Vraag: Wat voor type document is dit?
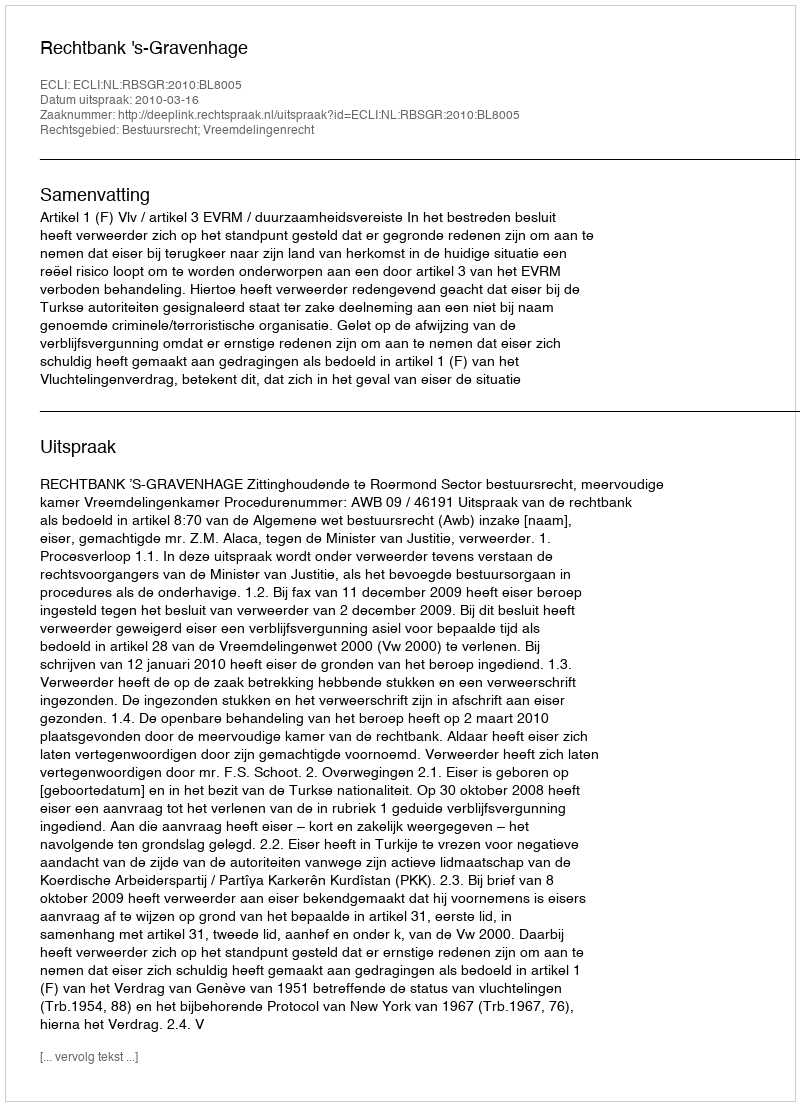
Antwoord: Uitspraak